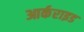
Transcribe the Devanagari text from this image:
आर्कराइड